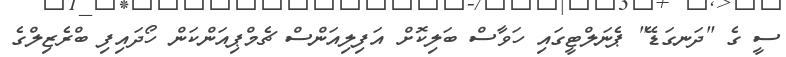
ސީ ގެ "ދަނގަޑޭ" ޕެނަލްޓީގައި ހަވާސް ބަލިކޮށް އަފިލިއަންސް ޗެމްޕިއަންކަން ހޯދައިފި ބްރެޒިލްގެ